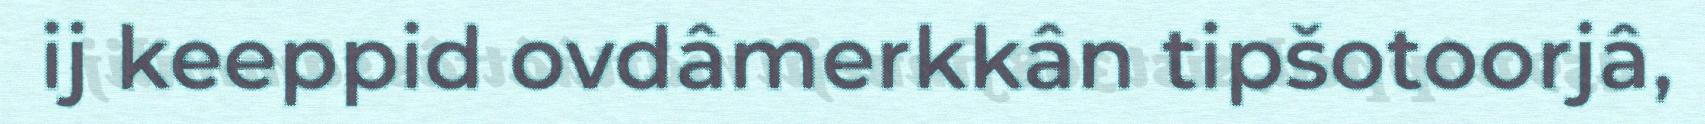
ij keeppid ovdâmerkkân tipšotoorjâ,